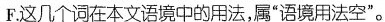
F。这几个词在本文语境中的用法，属”语境用法空”。